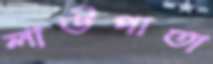
লাউপাতা